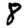
Digit: 8